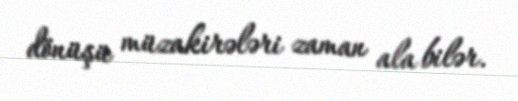
dönüşü müzakirələri zaman ala bilər.